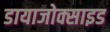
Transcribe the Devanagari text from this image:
डायाजोक्साइड